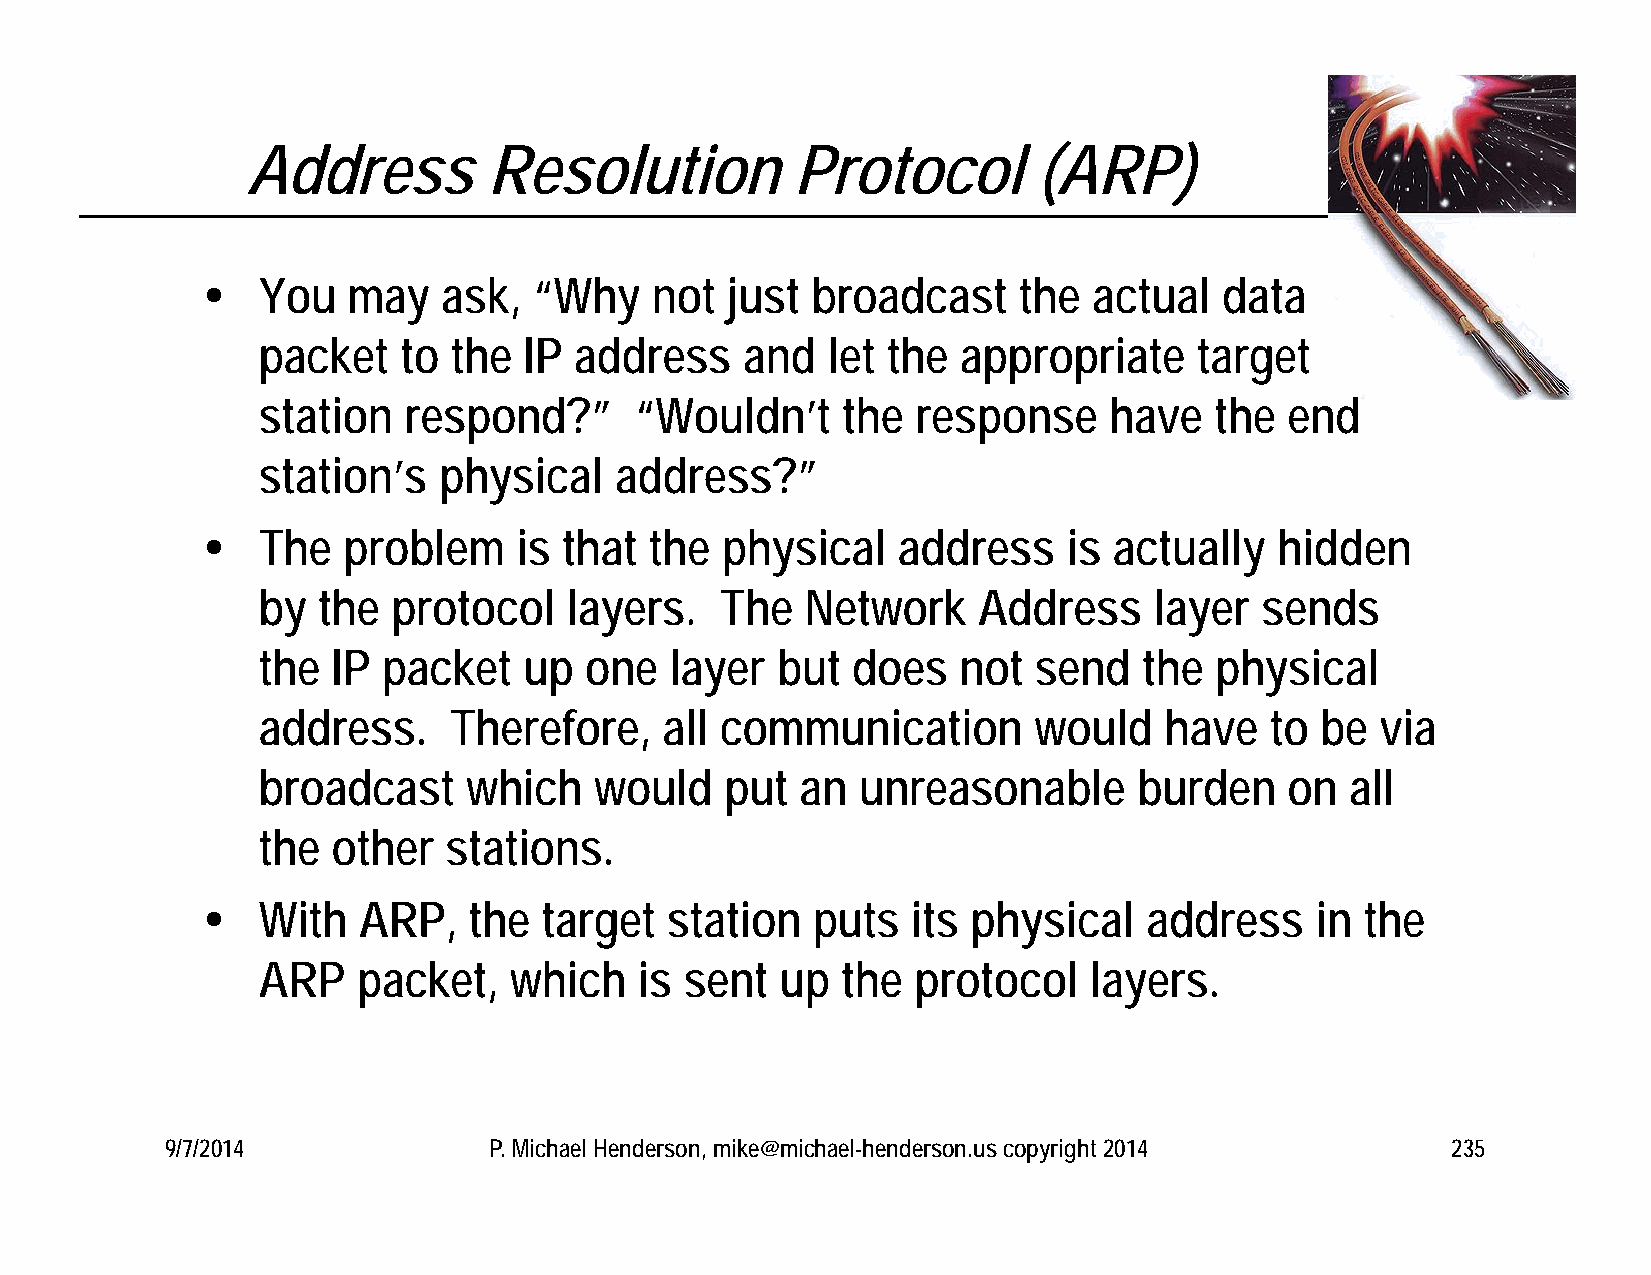
Address         Resolution           Protocol        (ARP)
    You   may   ask,  “Why    not  just  broadcast    the  actual   data
 packet    to the  IP address    and   let the  appropriate    target
 station   respond?”      “Wouldn’t     the  response    have   the  end
 station’s   physical    address?”
    The   problem    is that  the  physical   address     is actually   hidden
 by  the  protocol   layers.    The  Network     Address    layer  sends
 the  IP packet    up  one  layer  but  does   not  send    the physical
 address.     Therefore,    all communication       would    have   to be  via
 broadcast     which   would    put  an  unreasonable      burden    on  all
 the  other  stations.
    With   ARP,   the  target  station   puts  its physical    address    in the
 ARP    packet,   which   is sent   up  the  protocol   layers.
 9/7/2014             P. Michael Henderson, mike@michael-henderson.us copyright 2014  235